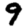
Digit: 9